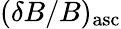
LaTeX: (\delta B/B)_{\mathrm{asc}}